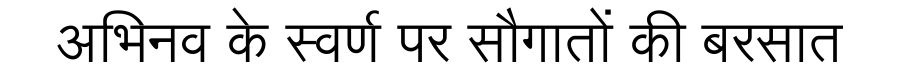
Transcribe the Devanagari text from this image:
अभिनव के स्वर्ण पर सौगातों की बरसात